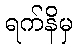
ရက်နိမှ